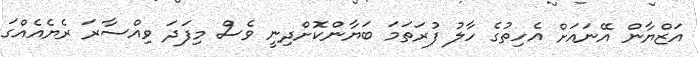
އަޒްޔާން އޭނައަށް އެހިތުގެ ހާލު ފުރަތަމަ ބަޔާންކޮށްދިނީ ވެސް މިފަދަ ވިއްސާރަ ރެޔެއެއްގަ